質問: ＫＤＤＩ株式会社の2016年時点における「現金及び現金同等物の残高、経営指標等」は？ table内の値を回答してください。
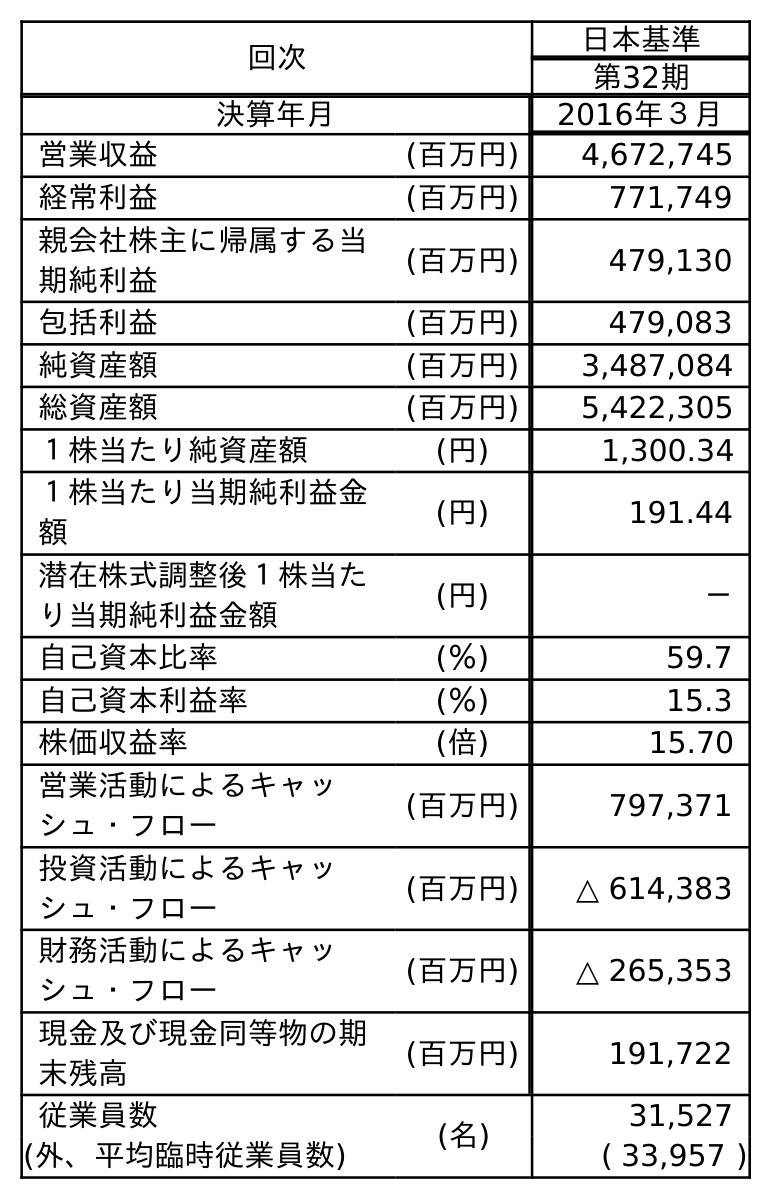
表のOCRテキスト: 回次 日本基準 第32期 決算年月 2016年３月 営業収益 (百万円) 4,672,745 経常利益 (百万円) 771,749 親会社株主に帰属する当 期純利益 (百万円) 479,130 包括利益 (百万円) 479,083 純資産額 (百万円) 3,487,084 総資産額 (百万円) 5,422,305 １株当たり純資産額 (円) 1,300.34 １株当たり当期純利益金 額 (円) 191.44 潜在株式調整後１株当た り当期純利益金額 (円) － 自己資本比率 (％) 59.7 自己資本利益率 (％) 15.3 株価収益率 (倍) 15.70 営業活動によるキャッ シュ・フロー (百万円) 797,371 投資活動によるキャッ シュ・フロー (百万円) △ 614,383 財務活動によるキャッ シュ・フロー (百万円) △ 265,353 現金及び現金同等物の期 末残高 (百万円) 191,722 従業員数 (名) 31,527 (外、平均臨時従業員数) ( 33,957 )
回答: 191,722